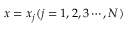
x = x _ { j } ( j = 1 , 2 , 3 \cdots , N )